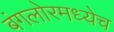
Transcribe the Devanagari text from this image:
बंगलोरमध्येच